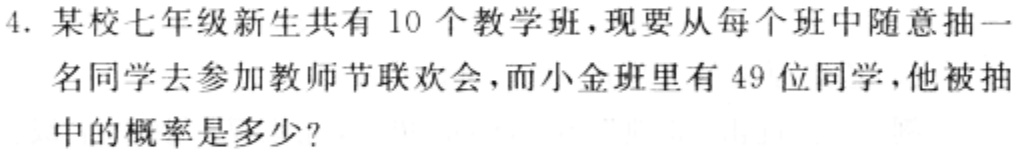
4. 某校七年级新生共有 10 个教学班，现要从每个班中随意抽一名同学去参加教师节联欢会，而小金班里有 49 位同学，他被抽中的概率是多少？